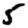
Digit: 5